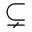
\subsetneq